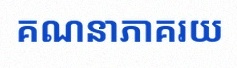
គណនាភាគរយ